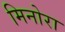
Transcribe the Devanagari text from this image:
मिनोरा